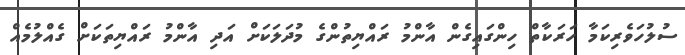
ސުލުހަވެރިކަމާ ހަރަކާތް ހިންގައިގެން އާންމު ރައްޔިތުންގެ މުދަލަކަށް އަދި އާންމު ރައްޔިތަކަށް ގެއްލުމެއް